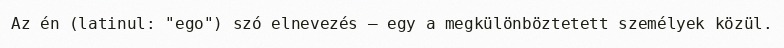
Az én (latinul: "ego") szó elnevezés – egy a megkülönböztetett személyek közül.